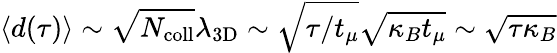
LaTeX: \langle d(\tau)\rangle\sim\sqrt{N_{\mathrm{coll}}}\lambda_{\mathrm{3D}}\sim\sqrt{\tau/t_{\mu}}\sqrt{\kappa_{B}t_{\mu}}\sim\sqrt{\tau\kappa_{B}}